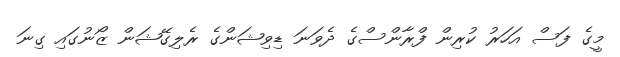
މީގެ ފަސް އަހަރު ކުރިން ފްރާންސްގެ ދެވަނަ ޑިވިޝަންގެ ރެލިގޭޝަން ޒޯނުގައި ގިނަ